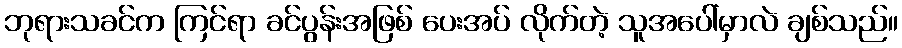
ဘုရားသခင်က ကြင်ရာ ခင်ပွန်းအဖြစ် ပေးအပ် လိုက်တဲ့ သူအပေါ်မှာလဲ ချစ်သည်။